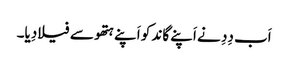
اَب دِدِ نے اَپنے گاند کو اَپنے ہتھو سے فیلا دِیا۔